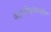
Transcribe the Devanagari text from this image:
नेदरलॅन्ड्ज़मधील